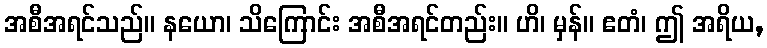
အစီအရင်သည်။ နယော၊ သိကြောင်း အစီအရင်တည်း။ ဟိ၊ မှန်။ ဧတံ၊ ဤ အရိယ,